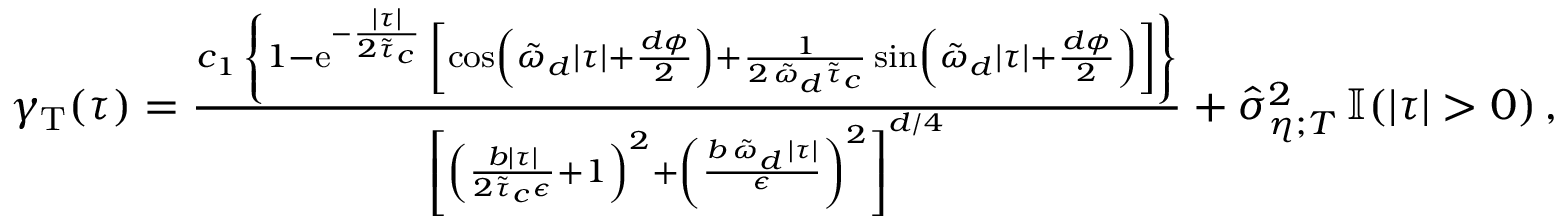
\begin{array} { r l } & { \gamma _ { \mathrm { T } } ( \tau ) = \frac { c _ { 1 } \, \left\{ 1 - \mathrm { e } ^ { - \frac { \lvert \tau \rvert } { 2 \tilde { \tau } _ { c } } } \, \left[ \cos \left( \tilde { \omega } _ { d } \lvert \tau \rvert + \frac { d \phi } { 2 } \right) + \frac { 1 } { 2 \, \tilde { \omega } _ { d } \tilde { \tau } _ { c } } \sin \left( \tilde { \omega } _ { d } \lvert \tau \rvert + \frac { d \phi } { 2 } \right) \right] \right\} } { \left[ \left( \frac { b \lvert \tau \rvert } { 2 \tilde { \tau } _ { c } \epsilon } + 1 \right) ^ { 2 } + \left( \frac { b \, \tilde { \omega } _ { d } \, \lvert \tau \rvert } { \epsilon } \right) ^ { 2 } \right] ^ { d / 4 } } + \hat { \sigma } _ { \eta ; T } ^ { 2 } \, \mathbb { I } ( \lvert \tau \rvert > 0 ) \, , } \end{array}